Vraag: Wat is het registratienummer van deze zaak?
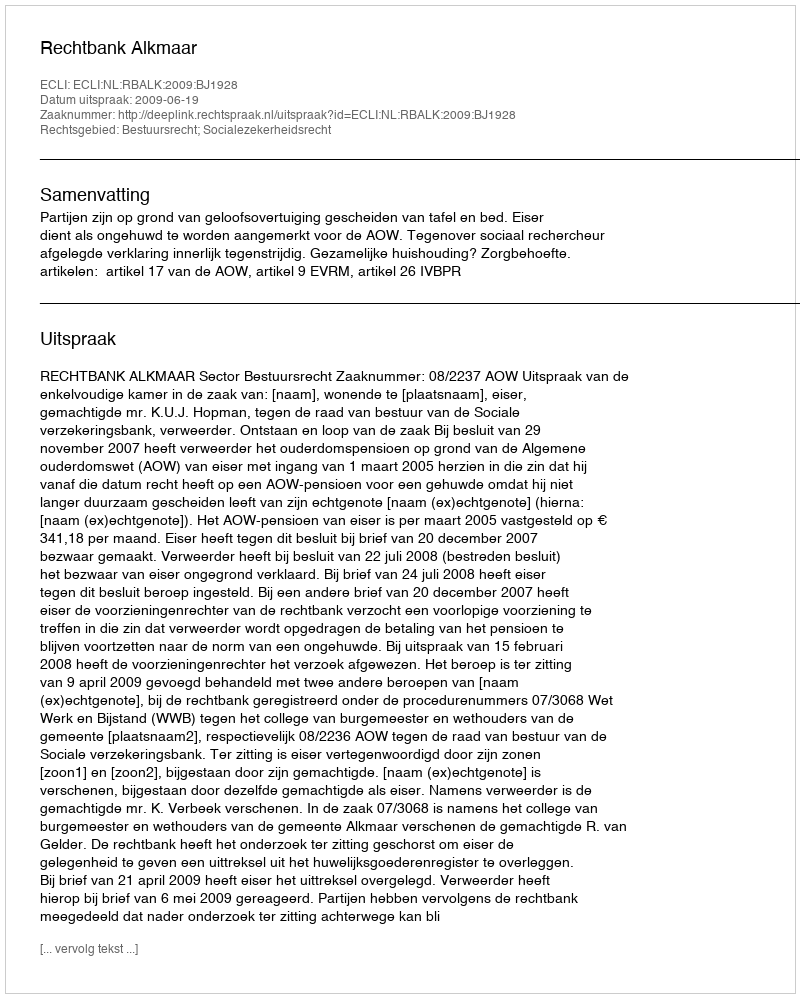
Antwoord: http://deeplink.rechtspraak.nl/uitspraak?id=ECLI:NL:RBALK:2009:BJ1928